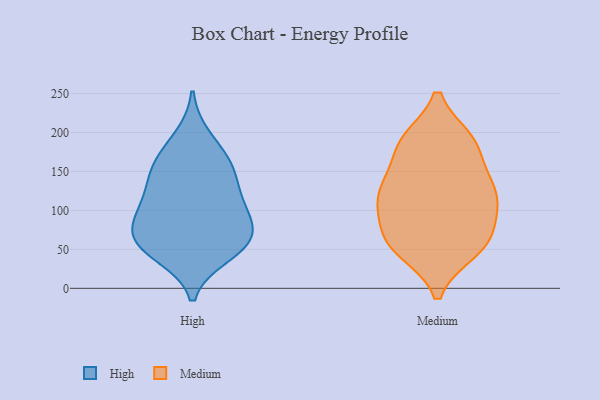
{"axis": {"x": "Energy Usage (MWh)", "y": "Value"}, "legend": ["High", "Medium"], "data": [{"x": "", "y": 95, "type": "High"}, {"x": "", "y": 193, "type": "High"}, {"x": "", "y": 125, "type": "High"}, {"x": "", "y": 100, "type": "High"}, {"x": "", "y": 80, "type": "High"}, {"x": "", "y": 62, "type": "High"}, {"x": "", "y": 44, "type": "High"}, {"x": "", "y": 51, "type": "High"}, {"x": "", "y": 117, "type": "High"}, {"x": "", "y": 60, "type": "High"}, {"x": "", "y": 154, "type": "High"}, {"x": "", "y": 160, "type": "High"}, {"x": "", "y": 65, "type": "High"}, {"x": "", "y": 159, "type": "High"}, {"x": "", "y": 132, "type": "Medium"}, {"x": "", "y": 190, "type": "Medium"}, {"x": "", "y": 114, "type": "Medium"}, {"x": "", "y": 186, "type": "Medium"}, {"x": "", "y": 113, "type": "Medium"}, {"x": "", "y": 48, "type": "Medium"}, {"x": "", "y": 111, "type": "Medium"}, {"x": "", "y": 144, "type": "Medium"}, {"x": "", "y": 56, "type": "Medium"}, {"x": "", "y": 50, "type": "Medium"}, {"x": "", "y": 187, "type": "Medium"}, {"x": "", "y": 189, "type": "Medium"}, {"x": "", "y": 139, "type": "Medium"}, {"x": "", "y": 58, "type": "Medium"}, {"x": "", "y": 82, "type": "Medium"}, {"x": "", "y": 69, "type": "Medium"}, {"x": "", "y": 108, "type": "Medium"}]}